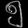
Digit: ၅